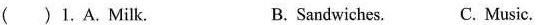
( )1.A. Milk. B. Sandwiches. C. Music.